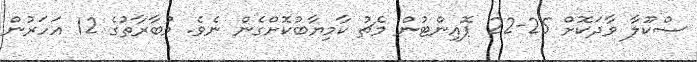
ސްކޫލާ ވާދަކޮށް 25-22 ޕޮއިންޓުން މެޗު ކާމިޔާބުކޮށްގެން ނެވެ. މުބާރާތުގެ 12 އަހަރުން